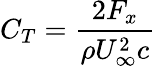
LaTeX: C_{T}=\frac{2F_{x}}{\rho U_{\infty}^{2}c}